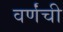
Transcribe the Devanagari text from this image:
वर्णंची